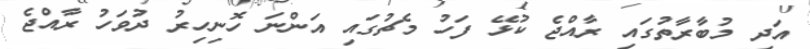
އަދި މުބާރާތުގައި ރާއްޖެ ކުޅޭ ފަހު މެޗުގައި އަންނަ ހޮނިހިރު ދުވަހު ރާއްޖެ